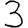
Digit: 3